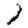
Digit: 1